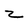
Character: z